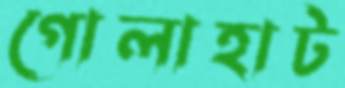
গোলাহাট